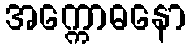
အက္ကောဓနော